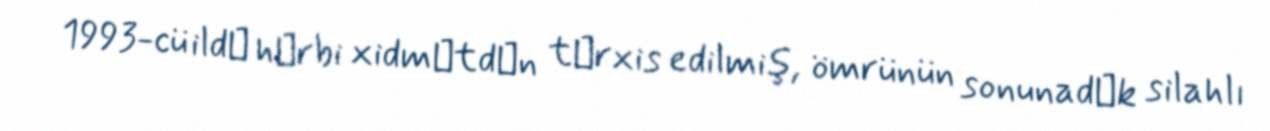
1993-cü ildә hәrbi xidmәtdәn tәrxis edilmiş, ömrünün sonunadәk silahlı